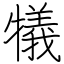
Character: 犠